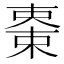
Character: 𣕤